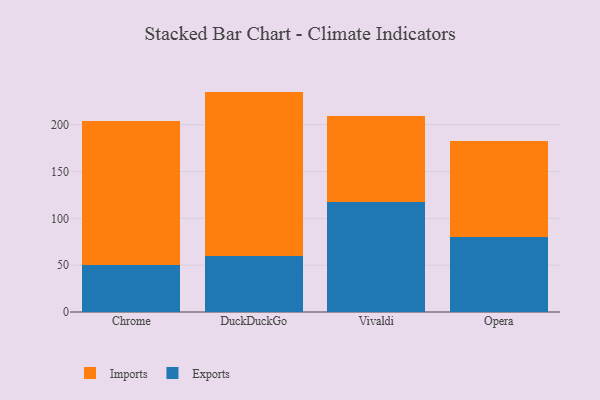
{"axis": {"x": "Browser", "y": "Page Views"}, "legend": ["Exports", "Imports"], "data": [{"x": "Chrome", "y": 49.9, "type": "Exports"}, {"x": "Chrome", "y": 153.9, "type": "Imports"}, {"x": "DuckDuckGo", "y": 59.9, "type": "Exports"}, {"x": "DuckDuckGo", "y": 175.4, "type": "Imports"}, {"x": "Vivaldi", "y": 117.8, "type": "Exports"}, {"x": "Vivaldi", "y": 91.0, "type": "Imports"}, {"x": "Opera", "y": 80.6, "type": "Exports"}, {"x": "Opera", "y": 101.9, "type": "Imports"}]}